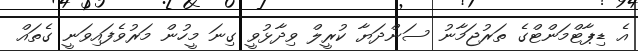
އެ ޑިޕާޓްމަންޓްގެ ތަރުޖަމާނު ސަންދަޔާ ކުރީލް ވިދާޅުވީ ގިނަ މީހުން މަރުވެފައިވަނީ ގެތައް